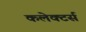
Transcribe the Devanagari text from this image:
कलेक्‍टर्स